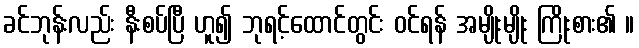
ခင်ဘုန်းလည်း နီးစပ်ပြီ ဟူ၍ ဘုရင့်ထောင်တွင်း ဝင်ရန် အမျိုးမျိုး ကြိုးစား၏ ။